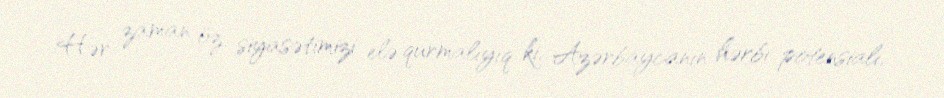
Hər zaman öz siyasətimizi elə qurmalıyıq ki, Azərbaycanın hərbi potensialı,